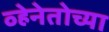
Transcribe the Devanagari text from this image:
व्हेनेतोच्या